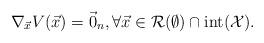
LaTeX: \begin{align*}\nabla_{\vec{x}}V(\vec{x})=\vec{0}_{n},\forall \vec{x} \in \mathcal{R}(\emptyset)\cap \mathrm{int}(\mathcal{X}).\end{align*}